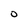
Character: O